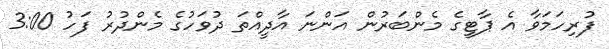
ފުރިހަމަވާ އެ ޕާޓީގެ މެންބަރުން އަންނަ އާދީއްތަ ދުވަހުގެ މެންދުރު ފަހު 3:00